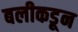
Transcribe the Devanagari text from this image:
बलीकडून